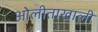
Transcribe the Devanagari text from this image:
ओेलीताखाली